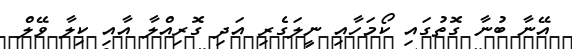
އޭނާ ބުނާ ގޮތުގައި ކޯމަހާއި ނީލަގެރި އަދި ގޮރިއްލާ އާއި ކިލާ ވޭލް